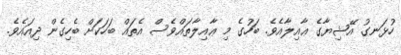
ހުޅަނގު އޭޝިޔާގެ ޢާއިލާއެވެ. ބަހުގެ މި ޢާއިލާތައްވެސް އެތައް ބަހަކަށް ބެހިގެން ދިއައެވެ.